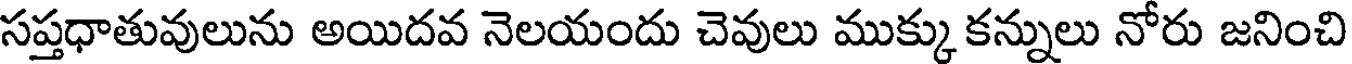
సప్తధాతువులును అయిదవ నెలయందు చెవులు ముక్కు కన్నులు నోరు జనించి